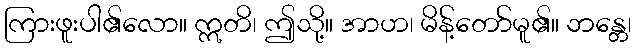
ကြားဖူးပါ၏လော။ ဣတိ၊ ဤသို့။ အာဟ၊ မိန့်တော်မူ၏။ ဘန္တေ၊